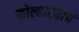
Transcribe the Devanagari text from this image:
कोल्हाट्याचं